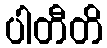
ပါတီတိ